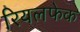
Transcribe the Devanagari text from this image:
रियलफेक